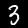
Digit: 3